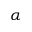
\alpha